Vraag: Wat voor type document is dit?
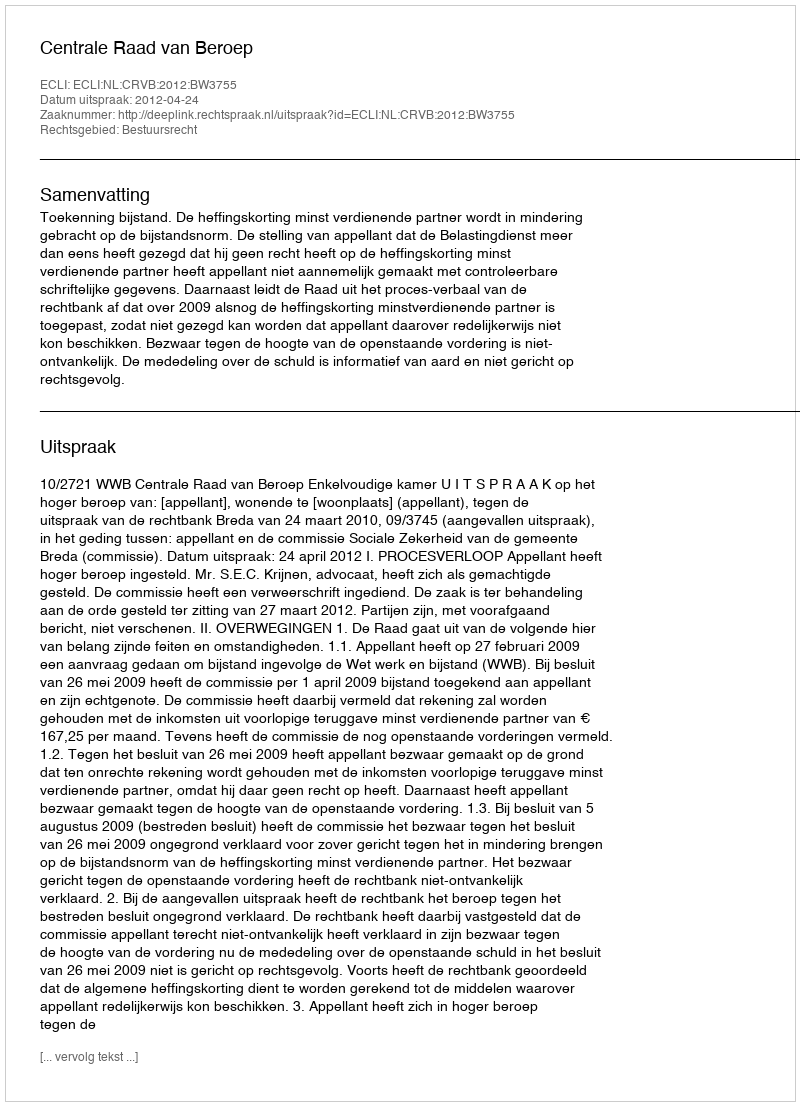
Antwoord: Uitspraak